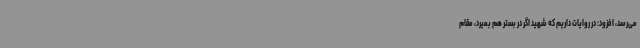
می‌رسد، افزود: در روایات داریم که شهید اگر در بستر هم بمیرد، مقام